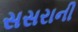
સસરાની